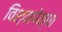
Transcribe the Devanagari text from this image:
विश्वापेक्षा